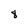
Character: 8